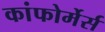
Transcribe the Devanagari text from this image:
कांफोर्मेर्स